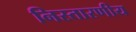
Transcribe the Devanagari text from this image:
निस्तारणीय